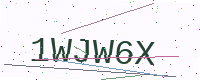
Text: 1WJW6X